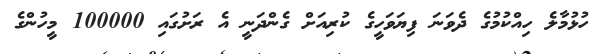
ހުޅުމާލެ ހިއްކުމުގެ ދެވަނަ ފިޔަވަހީގެ ކުރިއަށް ގެންދަނީ އެ ރަށުގައި 100000 މީހުންގެ